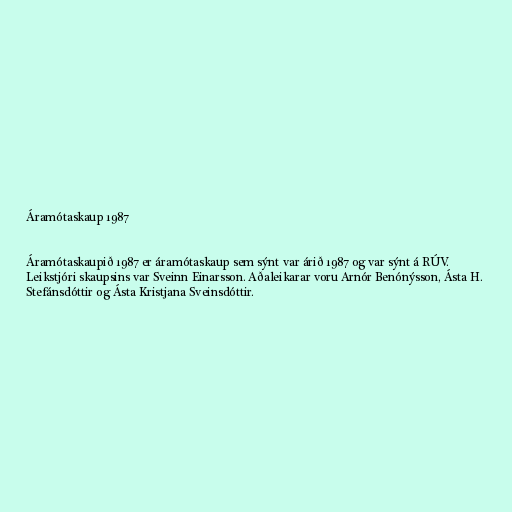
Áramótaskaup 1987

Áramótaskaupið 1987 er áramótaskaup sem sýnt var árið 1987 og var sýnt á RÚV.
Leikstjóri skaupsins var Sveinn Einarsson. Aðaleikarar voru Arnór Benónýsson, Ásta H.
Stefánsdóttir og Ásta Kristjana Sveinsdóttir.